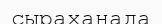
сыраханада